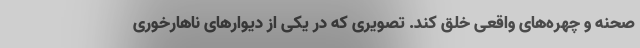
صحنه‌ و چهره‌های واقعی خلق کند. تصویری که در یکی از دیوارهای ناهارخوری